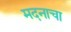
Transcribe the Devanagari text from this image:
मदनाचा